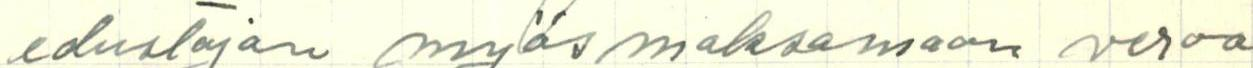
edustajan myös maksamaan veroa